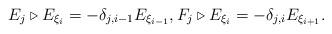
LaTeX: \begin{align*}E_{j} \triangleright E_{\xi_{i}} = -\delta_{j,i - 1} E_{\xi_{i - 1}}, F_{j} \triangleright E_{\xi_{i}} = -\delta_{j,i} E_{\xi_{i + 1}}.\end{align*}